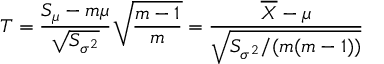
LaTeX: T = { \frac { S _ { \mu } - m \mu } { \sqrt { S _ { \sigma ^ { 2 } } } } } { \sqrt { \frac { m - 1 } { m } } } = { \frac { { \overline { { X } } } - \mu } { \sqrt { S _ { \sigma ^ { 2 } } / ( m ( m - 1 ) ) } } }